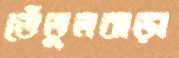
তেঁতুলঝড়া